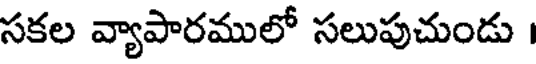
సకల వ్యాపారములో సలుపుచుండు